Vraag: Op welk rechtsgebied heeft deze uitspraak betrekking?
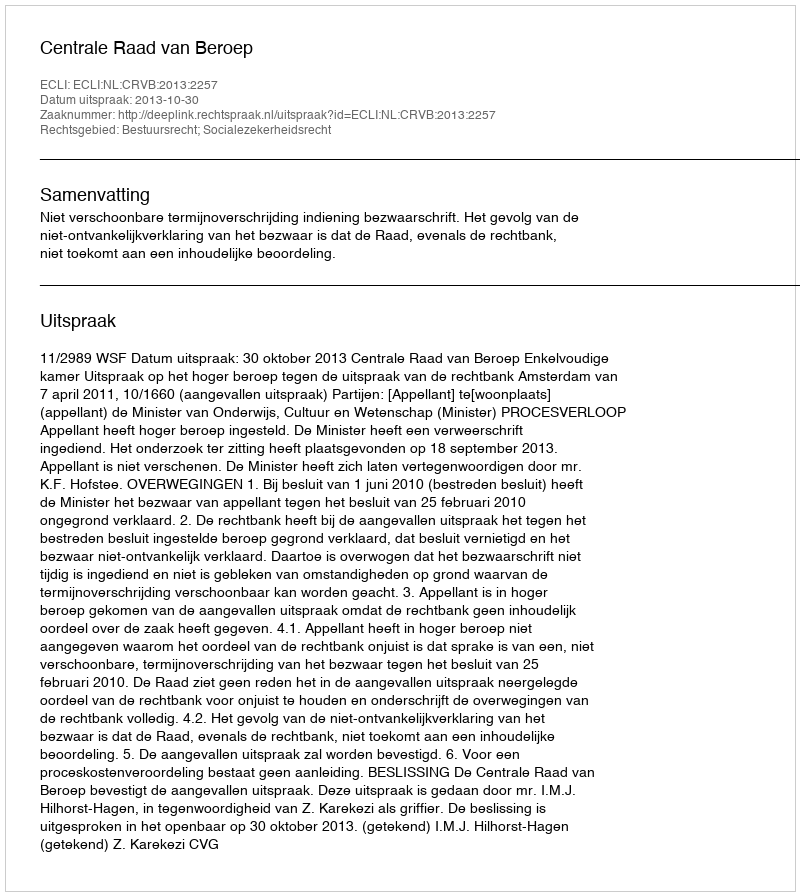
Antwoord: Bestuursrecht; Socialezekerheidsrecht